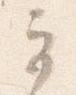
奇